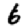
Digit: 6